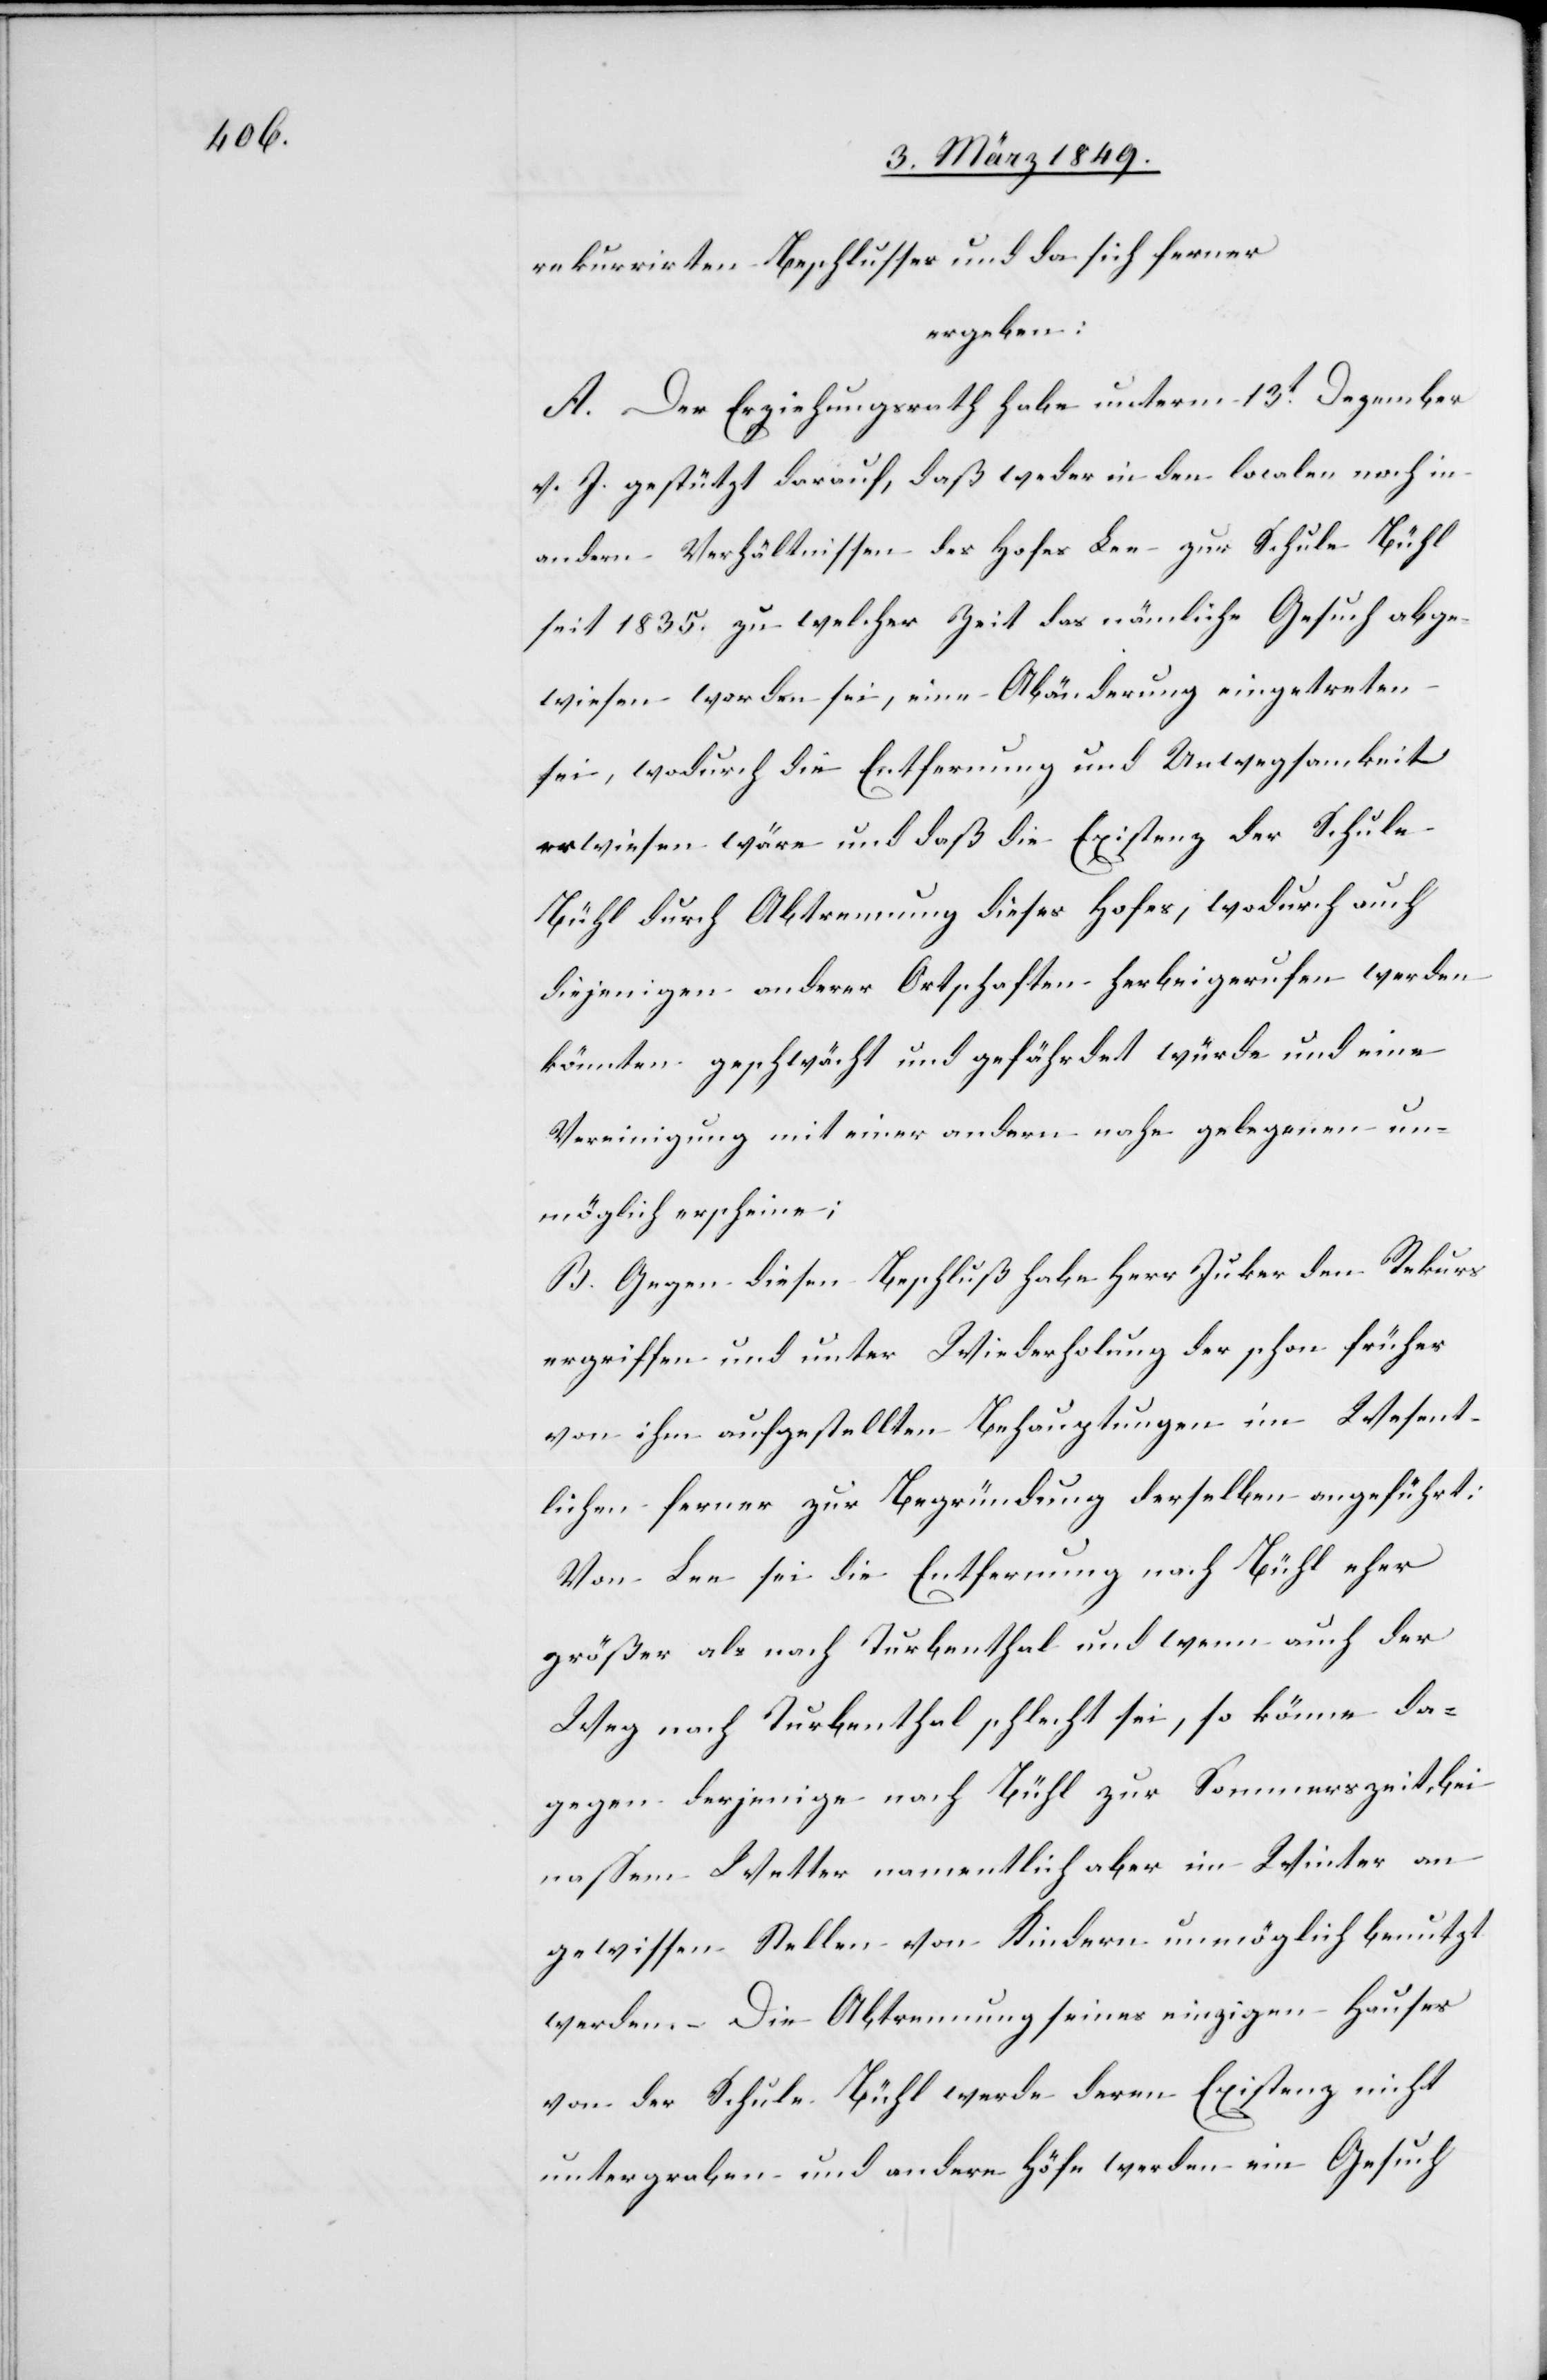
rekurrirten Beschlusses und da sich ferner
ergeben:
A. Der Erziehungsrath habe unterm 13t. Dezember
v. J. gestützt darauf, daß weder in den localen noch in
andern Verhältnissen des Hofes Lee zur Schule Bühl
seit 1835. zu welcher Zeit das nämliche Gesuch abge¬
wiesen worden sei, eine Abänderung eingetreten
sei, wodurch die Entfernung und Unwegsamkeit
erwiesen wäre und daß die Existenz der Schule
Bühl durch Abtrennung dieses Hofes, wodurch auch
diejenigen anderer Ortschaften herbeigerufen werden
könnten geschwächt und gefährdet würde und eine
Vereinigung mit einer andern nahe gelegenen un¬
möglich erscheine;
B. Gegen diesen Beschluß habe Herr Juker [sic!] den Rekurs
ergriffen und unter Wiederholung der schon früher
von ihm aufgestellten Behauptungen im Wesent¬
lichen ferner zur Begründung derselben angeführt:
Von Lee sei die Entfernung nach Bühl eher
größer als nach Turbenthal und wenn auch der
Weg nach Turbenthal schlecht sei, so könne da¬
gegen derjenige nach Bühl zur Sommerszeit, bei
nassem Wettert namentlich aber im Winter an
gewissen Stellen von Kindern unmöglich benutzt
werden. Die Abtrennung seines einzigen Hauses
von der Schule Bühl werde deren Existenz nicht
untergraben und andere Höfe werden ein Gesuch